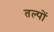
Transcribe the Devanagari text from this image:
तल्पों